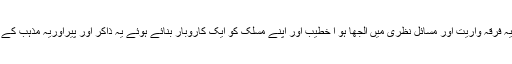
یہ مذہبی انتہا پسندی، یہ گھٹن، یہ فرقہ واریت اور مسائل نظری میں الجھا ہو ا خطیب اور اپنے مسلک کو ایک کاروبار بنائے ہوئے یہ ذاکر اور پیراوریہ مذہب کے نام پہ سیاست کرنے والے علما۔